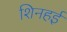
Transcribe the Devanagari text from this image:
शिनहई